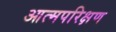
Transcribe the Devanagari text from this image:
आत्मपरिक्षण